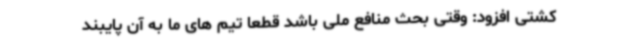
کشتی افزود: وقتی بحث منافع ملی باشد قطعا تیم های ما به آن پایبند